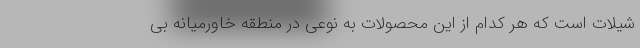
شیلات است که هر کدام از این محصولات به نوعی در منطقه خاورمیانه بی